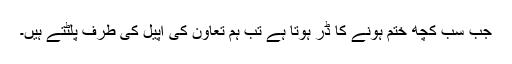
جب سب کچھ ختم ہونے کا ڈر ہوتا ہے تب ہم تعاون کی اپیل کی طرف پلٹتے ہیں۔